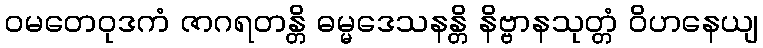
ဝမတေဝုဒကံ ဇာဂရတန္တိ ဓမ္မဒေသနန္တိ နိဗ္ဗာနသုတ္တံ ဝိဟနေယျ